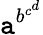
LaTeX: \mathtt{a}^{b^{c^{d}}}